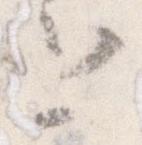
と